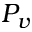
P _ { v }